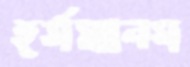
হর্সম্যানস